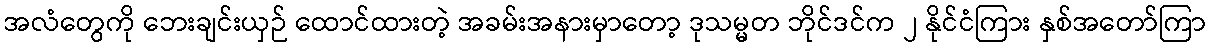
အလံတွေကို ဘေးချင်းယှဉ် ထောင်ထားတဲ့ အခမ်းအနားမှာတော့ ဒုသမ္မတ ဘိုင်ဒင်က ၂ နိုင်ငံကြား နှစ်အတော်ကြာ